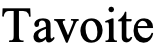
Tavoite